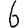
Digit: 6